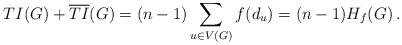
LaTeX: \begin{align*} TI(G)+\overline{TI}(G) = (n-1)\sum_{u\in V(G)}f(d_u)= (n-1)H_f(G)\,.\end{align*}